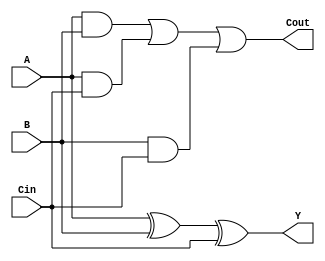
//carry save adder -- for implementing dadda multiplier
//csa for use of half adder and full adder.

module csa_dadda(A,B,Cin,Y,Cout);
input A,B,Cin;
output Y,Cout;
    
assign Y = A^B^Cin;
assign Cout = (A&B)|(A&Cin)|(B&Cin);
    
endmodule